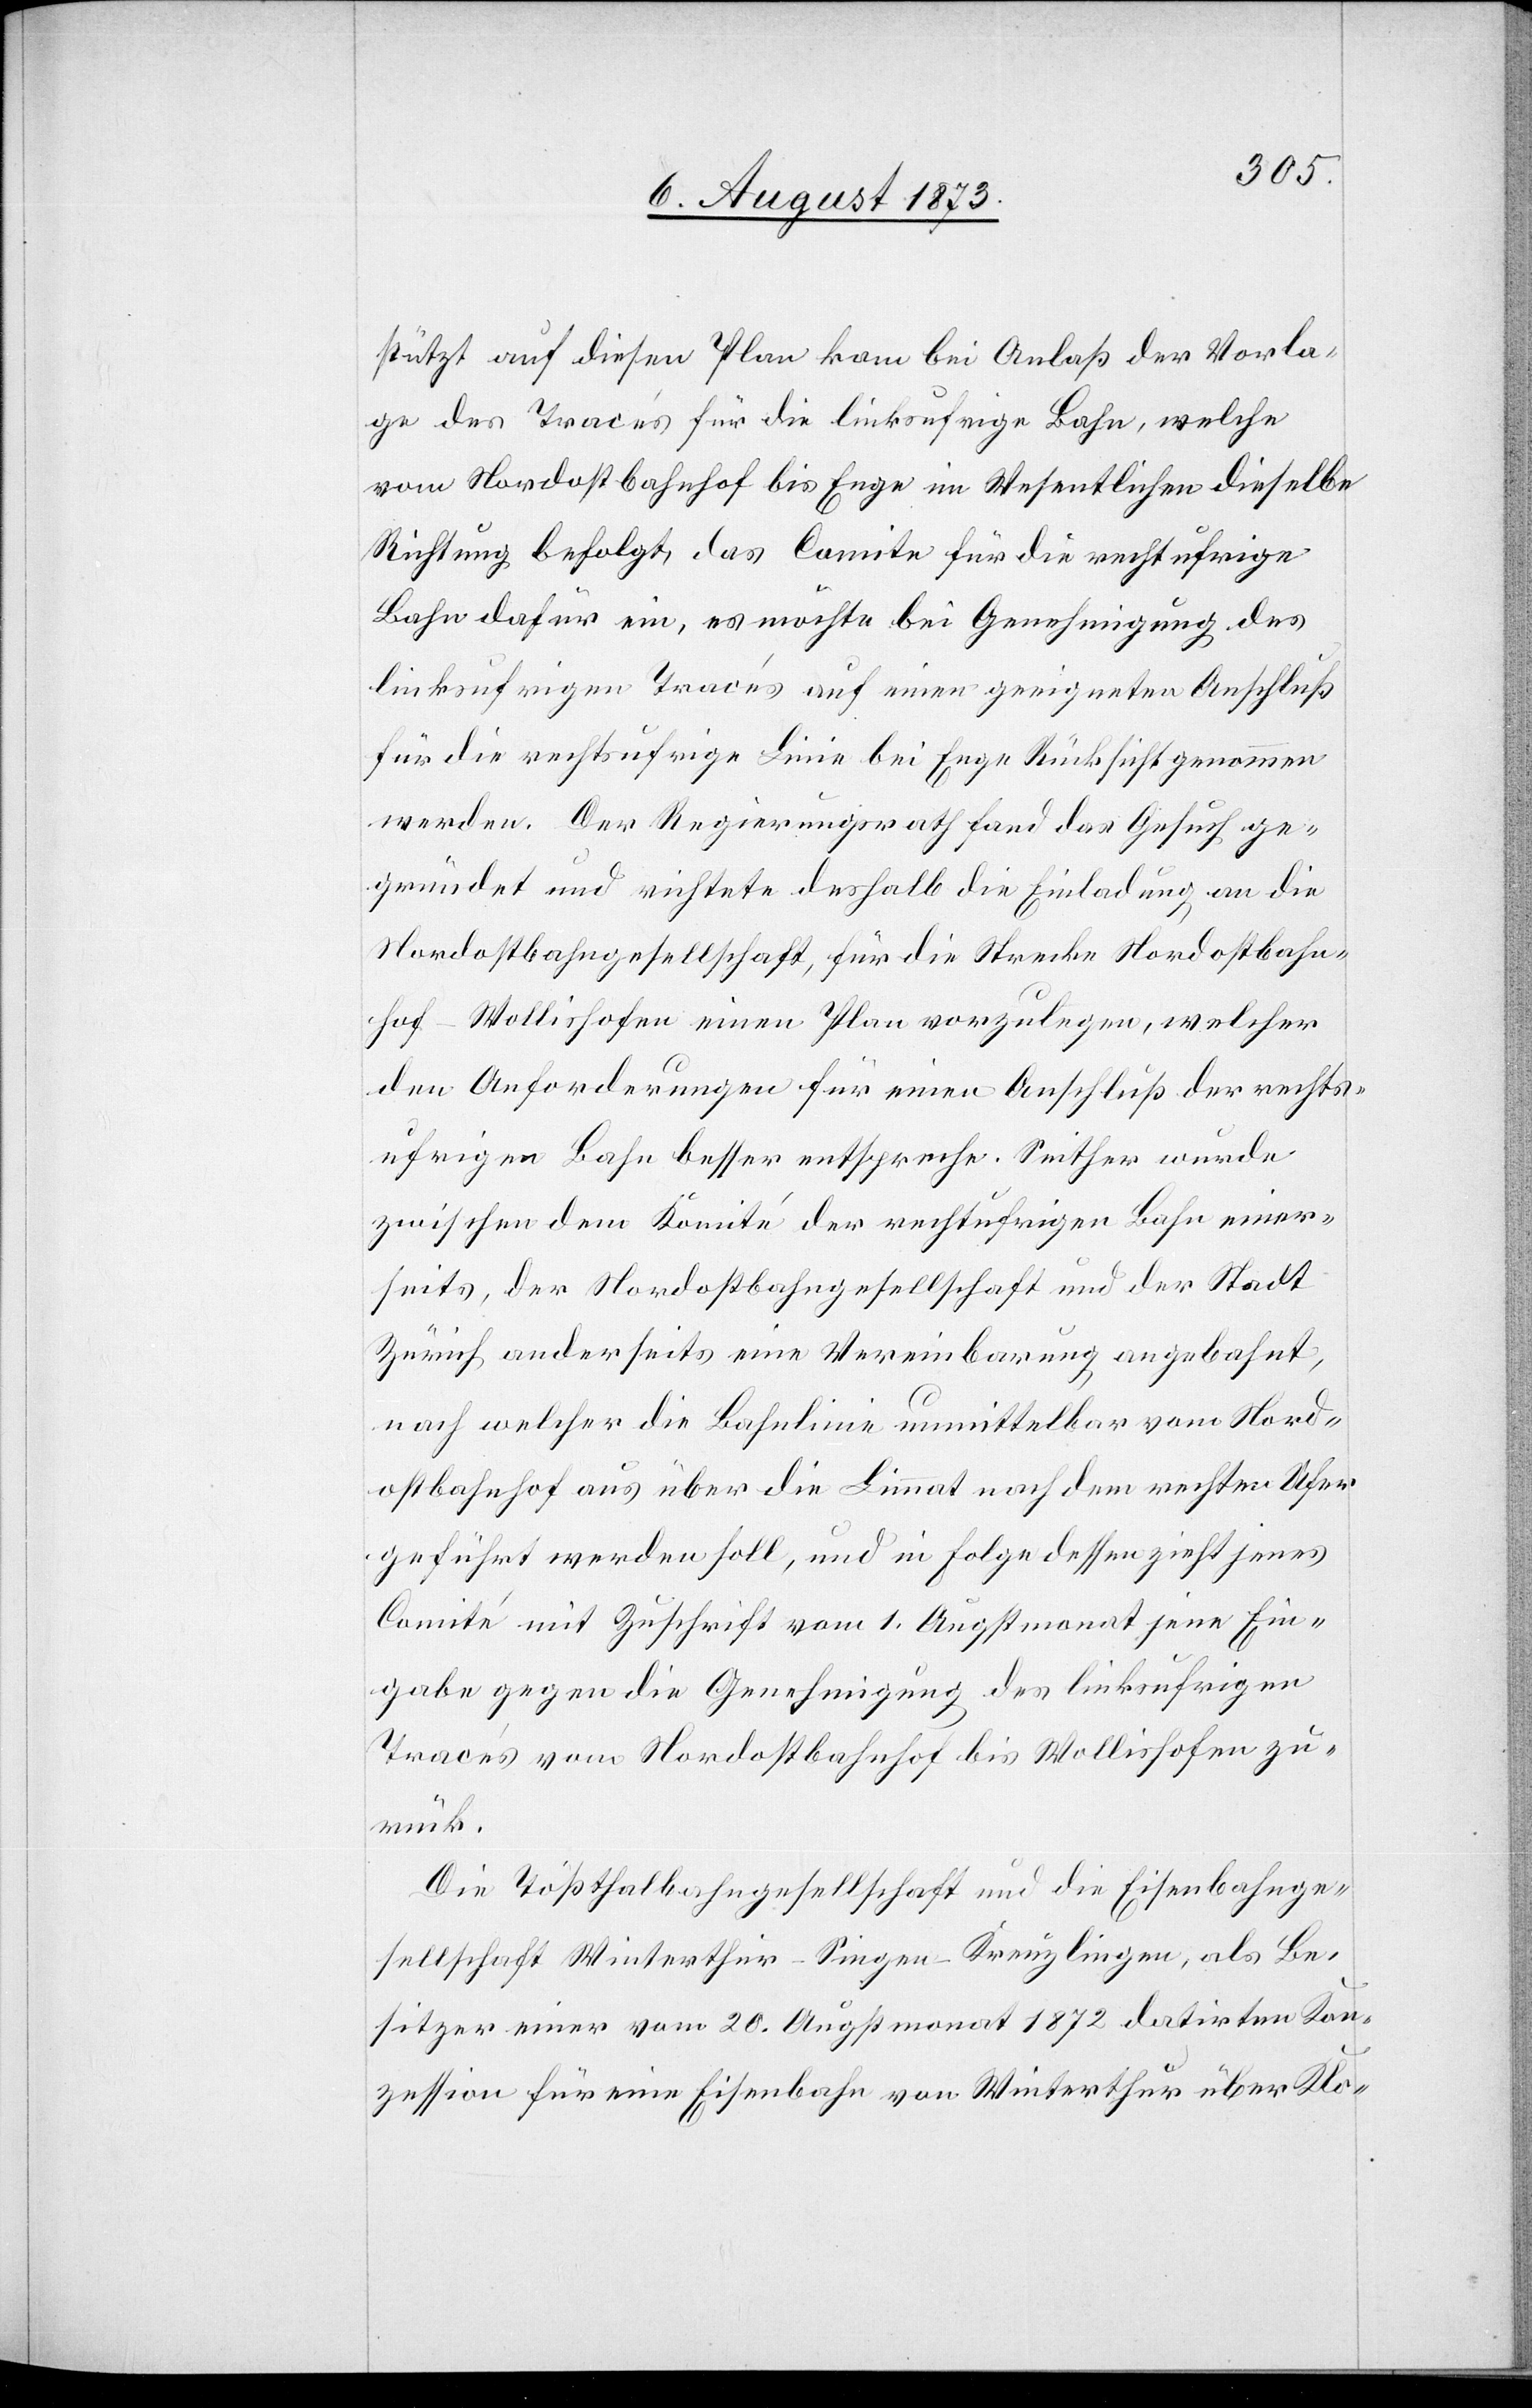
stützt auf diesen Plan kam bei Anlaß der Vorla¬
ge des Tracés für die linksufrige Bahn, welche
vom Nordostbahnhof bis Enge im Wesentlichen dieselbe
Richtung befolgt, das Comite für die rechtufrige
Bahn dafür ein, es möchte bei Genehmigung des
linksufrigen Tracés auf einen geeigneten Anschluß
für die rechtsufrige Linie bei Enge Rücksicht genommen
werden. Der Regierungsrath fand das Gesuch ge¬
gründet und richtete deshalb die Einladung an die
Nordostbahngesellschaft, für die Strecke Nordostbahn¬
hof–Wollishofen einen Plan vorzulegen, welcher
den Anforderungen für einen Anschluß der rechts¬
ufrigen Bahn besser entspreche. Seither wurde
zwischen dem Komité der rechtufrigen Bahn einer¬
seits, der Nordostbahngesellschaft und der Stadt
Zürich anderseits eine Vereinbarung angebahnt,
nach welcher die Bahnlinie unmittelbar vom Nord¬
ostbahnhof aus über die Limmat nach dem rechten Ufer
geführt werden soll, und in Folge dessen zieht jenes
Comité mit Zuschrift vom 1. Augstmonat jene Ein¬
gabe gegen die Genehmigung des linksufrigen
Tracés vom Nordostbahnhof bis Wollishofen zu¬
rück.
Die Tößthalbahngesellschaft und die Eisenbahnge¬
sellschaft Winterthur–Singen–Kreuzlingen, als Be¬
sitzer einer vom 20. Augstmonat 1872 datirten Kon¬
zession für eine Eisenbahn von Winterthur über Klo-